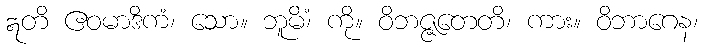
ဣတိ ဧဝမာဒိကံ၊ သော။ ဘူမိံ၊ ကို။ ဝိဘဇ္ဇတေတိ၊ ကား။ ဝိဘာဂေန၊